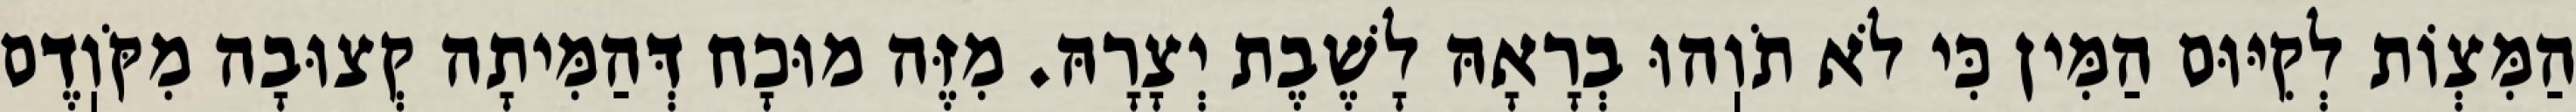
הַמִּצְוֹת לְקִיּוּם הַמִּין כִּי לֹא תֹוֽהוּ בְרָאָהּ לָשֶׁבֶת יְצָרָהּ. מִזֶּה מוּכָח דְּהַמִּיתָה קְצוּבָה מִקֹּוֽדֶם